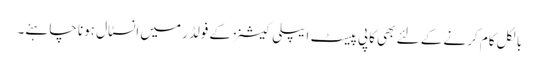
بالکل کام کرنے کے لئے بھی کاپی پیسٹ ایپلی کیشنز کے فولڈر میں انسٹال ہونا چاہئے۔